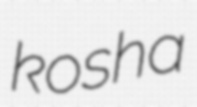
kosha